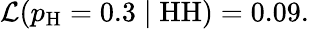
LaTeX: {\mathcal{L}}(p_{\mathrm{H}}=0.3\mid{\mathrm{HH}})=0.09.